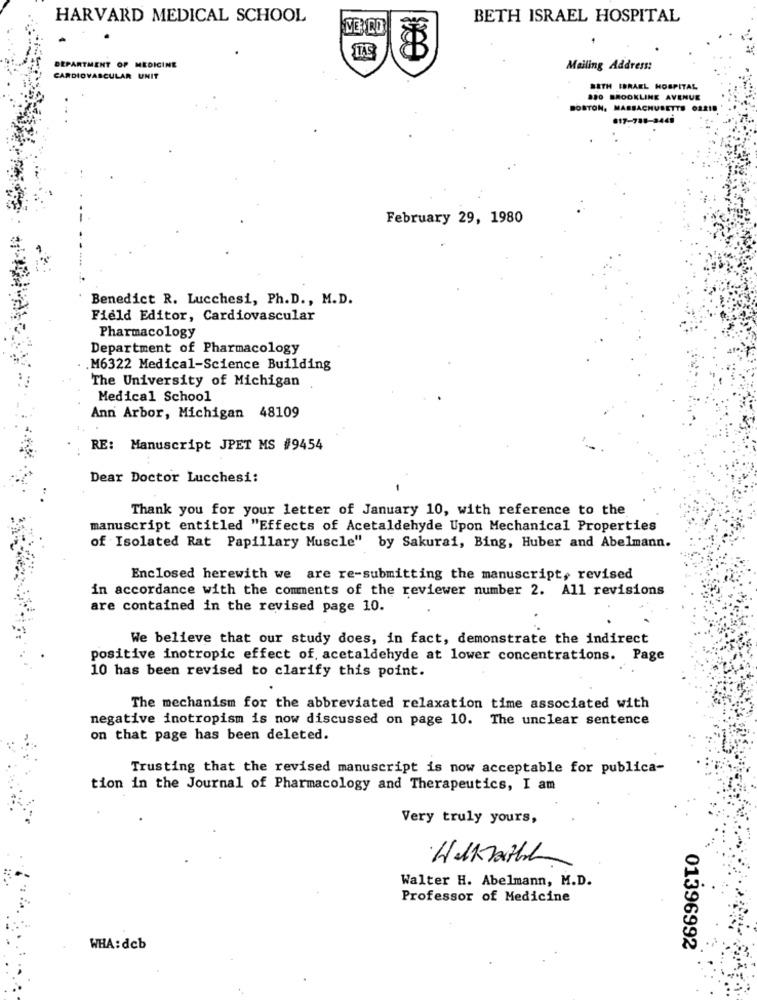
HARVARD MEDICAL SCHOOL
BETH ISRAEL HOSPITAL
TAS
DEPARTMENT OF MEDICINE
Mailing Address:
CARDIOVASCULAR UNIT
BETH ISRAEL HOSPITAL
880 BROOKLINE AVENUE
BOSTON, MASSACHUSETTS 03210
February 29, 1980
Benedict R. Lucchesi, Ph.D ., M.D.
Field Editor, Cardiovascular
Pharmacology
Department of Pharmacology
.M6322 Medical-Science Building
The University of Michigan
Medical School
Ann Arbor, Michigan 48109
RE: Manuscript JPET MS #9454
Dear Doctor Lucchesi:
Thank you for your letter of January 10, with reference to the
manuscript entitled "Effects of Acetaldehyde Upon Mechanical Properties
of Isolated Rat Papillary Muscle" by Sakurai, Bing, Huber and Abelmann.
Enclosed herewith we are re-submitting the manuscript, revised
in accordance with the comments of the reviewer number 2. All revisions
are contained in the revised page 10.
We believe that our study does, in fact, demonstrate the indirect
positive inotropic effect of, acetaldehyde at lower concentrations. Page
10 has been revised to clarify this point.
The mechanism for the abbreviated relaxation time associated with
negative inotropism is now discussed on page 10. The unclear sentence
on that page has been deleted.
Trusting that the revised manuscript is now acceptable for publica-
tion in the Journal of Pharmacology and Therapeutics, I am
Very truly yours,
·HelKrathL
Walter H. Abelmann, M.D.
Professor of Medicine
WHA: deb
01396992